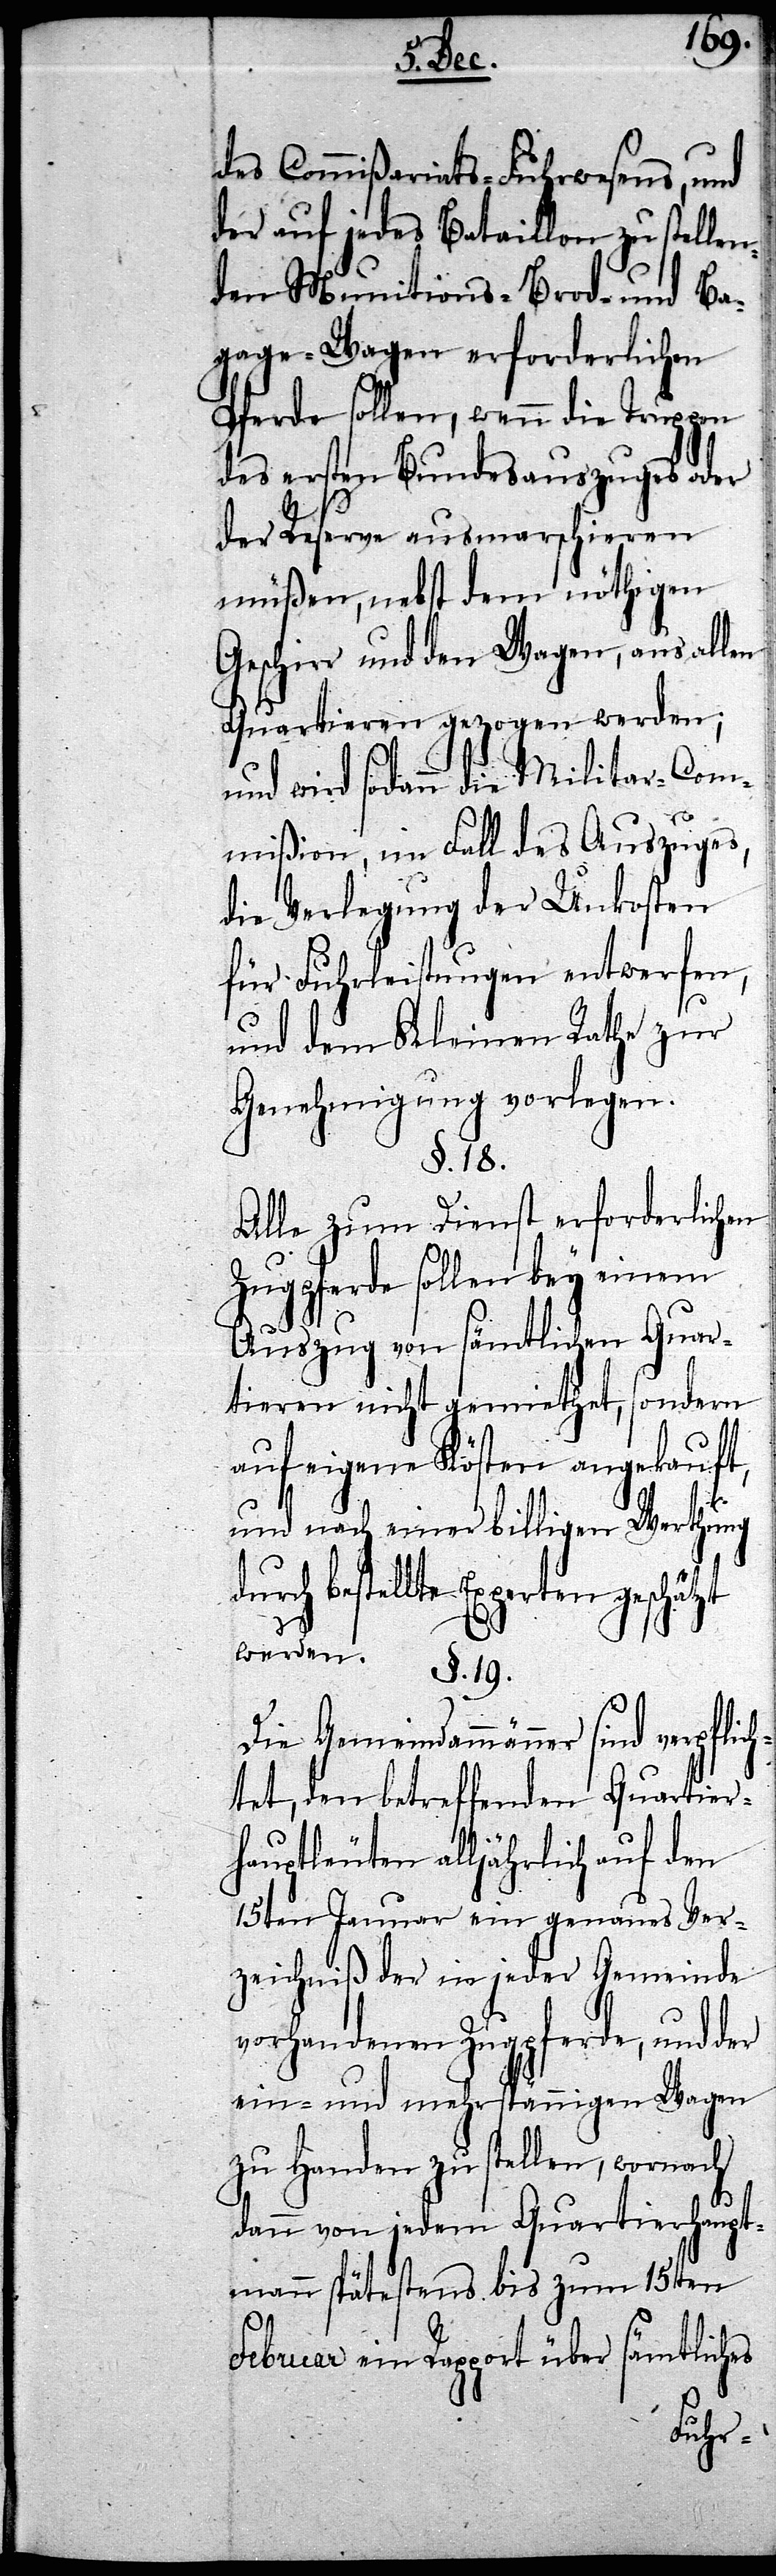
des Commißariats-Fuhrwesens, und
der auf jedes Bataillon zu stellen¬
den Munitions- Brod- und Ba¬
gage-Wagen erforderlichen
Pferde sollen, wenn die Truppen
des ersten Bundesauszuges oder
der Reserve ausmarschieren
müßen, nebst dem nöthigen
Geschirr und den Wagen, aus allen
Quartieren gezogen werden;
und wird sodann die Militar-Com¬
mißion, im Fall des Auszuges,
die Verlegung der Unkosten
für Fuhrleistungen entwerfen,
und dem Kleinen Rathe zur
Genehmigung vorlegen.
§. 19.
Alle zum Dienst erforderlichen
Zugpferde sollen bey einem
Auszug von sämtlichen Quar¬
tieren nicht gemiethet, sondern
auf eigene Kösten angekauft,
und nach einer billigen Werthung
bestellte Experten geschätzt
Die Gemeindammänner sind verpflic¬
htet, den betreffenden Quartier¬
hauptleuten alljährlich auf den
15ten Januar ein genaues Ver¬
zeichniß der in jeder Gemeinde
vorhandenen Zugpferde, und der
ein- und mehrspännigen Wagen
zu Handen zu stellen, wornach
dann von jedem Quartierhaupt¬
mann spätestens bis zum 15ten
Februar ein Rapport über sämtliches